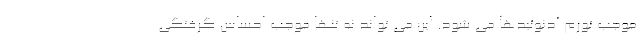
موجب تورم آدنوئیدها می شود. این می تواند نه تنها موجب احساس گرفتگی